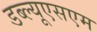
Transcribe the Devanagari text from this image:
डब्ल्यूएसएम